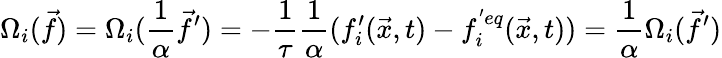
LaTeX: \Omega_{i}(\vec{f})=\Omega_{i}(\frac{1}{\alpha}\vec{f}^{\prime})=-\frac{1}{\tau}\frac{1}{\alpha}(f_{i}^{\prime}(\vec{x},t)-f_{i}^{'eq}(\vec{x},t))=\frac{1}{\alpha}\Omega_{i}(\vec{f}^{\prime})